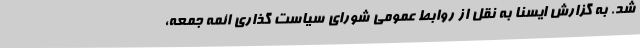
شد. به گزارش ایسنا به نقل از روابط عمومی شورای سیاست گذاری ائمه جمعه،